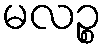
မလဉ္စ